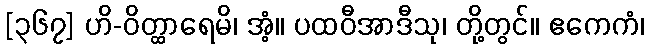
[၃၆၇] ဟိ-ဝိတ္ထာရေမိ၊ အံ့။ ပထဝီအာဒီသု၊ တို့တွင်။ ဧကေကံ၊